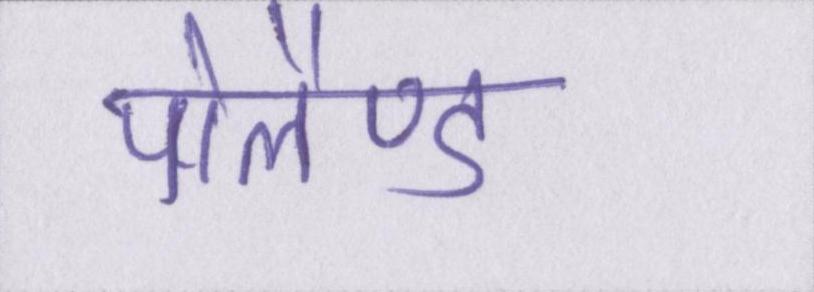
पोलैण्ड